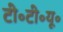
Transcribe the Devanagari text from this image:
टी॰टी॰यू॰